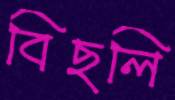
বিছলি